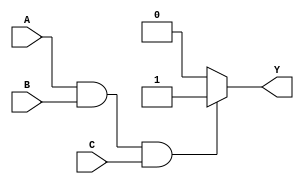
module three_input_and_gate(
    input A,
    input B,
    input C,
    output reg Y
);

always @* begin
    if (A && B && C) begin
        Y = 1;
    end else begin
        Y = 0;
    end
end

endmodule